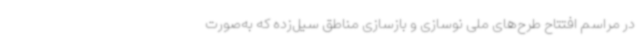
در مراسم افتتاح طرح‌های ملی نوسازی و بازسازی مناطق سیل‌زده که به‌صورت